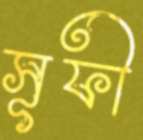
সূফী